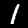
Digit: 1